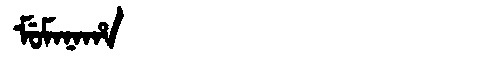
Manchu: ᠮᡠᠮᠠᠨᠠᡥᠠ
Romanization: MUMANAHA